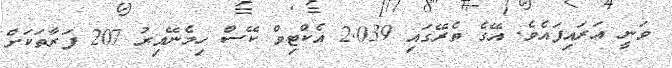
ވަނީ އަރައިފައެވެ. އޭގެ ތެރޭގައި 2